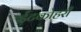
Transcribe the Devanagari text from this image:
ईंटकोहरी